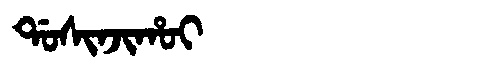
Manchu: ᡩᠣᠰᡳᠨᠵᡳᡥᠣᡳ
Romanization: DOSINJIHOI